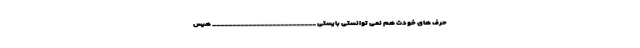
حرف های خودت هم نمی توانستی بایستی __________________________ هیس